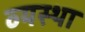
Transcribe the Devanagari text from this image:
व्‍यस्‍था